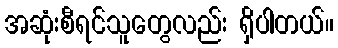
အဆုံးစီရင်သူတွေလည်း ရှိပါတယ်။